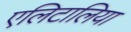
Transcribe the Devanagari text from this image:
एलिटालिया